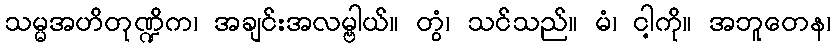
သမ္မအဟိတုဏ္ဍိက၊ အချင်းအလမ္ဗါယ်။ တွံ၊ သင်သည်။ မံ၊ ငါ့ကို။ အဘူတေန၊